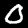
Digit: 0